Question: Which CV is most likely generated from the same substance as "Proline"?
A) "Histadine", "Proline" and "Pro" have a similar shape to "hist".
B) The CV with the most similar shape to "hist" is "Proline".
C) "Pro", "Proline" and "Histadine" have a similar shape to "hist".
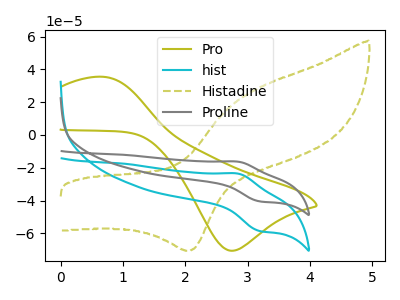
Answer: <think>The olive curve "Pro" has an anodic peak at (0.70V, 35.40uA) and a cathodic peak at (2.75V, -70.60uA). The cyan curve "hist" has an anodic peak at (2.85V, -23.60uA) and a cathodic peak at (3.20V, -58.55uA). The olive dashed curve "Histadine" has an anodic peak at (3.10V, 27.55uA) and a cathodic peak at (2.10V, -70.65uA). The gray curve "Proline" has an anodic peak at (2.85V, -16.30uA) and a cathodic peak at (3.20V, -40.45uA).
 "Pro" and "hist" have at least one peak that do not match. "Pro" and "Histadine" have at least one peak that do not match. "Pro" and "Proline" have at least one peak that do not match. "hist" and "Histadine" have at least one peak that do not match. All the peaks in "hist" have a peak in "Proline" at the same potential. "Histadine" and "Proline" have at least one peak that do not match.</think>
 <answer>B) The CV with the most similar shape to "hist" is "Proline".</answer>
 <eval>B</eval>